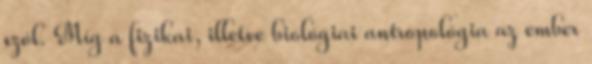
szól. Míg a fizikai, illetve biológiai antropológia az ember